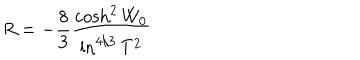
R = - \frac { 8 } { 3 } \frac { \cosh ^ { 2 } W _ { 0 } } { \ln ^ { 4 / 3 } T ^ { 2 } }